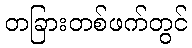
တခြားတစ်ဖက်တွင်